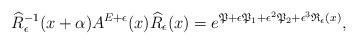
LaTeX: \begin{align*} \widehat{R}_{\epsilon}^{-1}(x+\alpha)A^{E+\epsilon}(x)\widehat{R}_{\epsilon}(x)=e^{\mathfrak{P}+\epsilon \mathfrak{P}_1+\epsilon^2 \mathfrak{P}_2+\epsilon^3 \mathfrak{R}_\epsilon(x)},\end{align*}